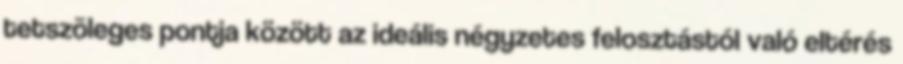
tetszõleges pontja között az ideális négyzetes felosztástól való eltérés